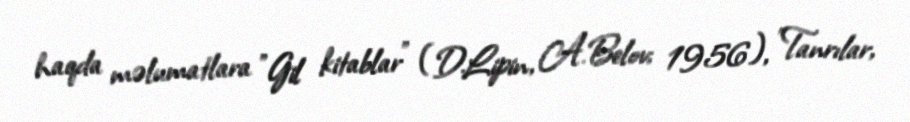
haqda məlumatlara "Gil kitablar" (D.Lipin, A.Belov; 1956), "Tanrılar,